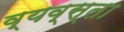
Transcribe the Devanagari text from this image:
व्यव्स्ता